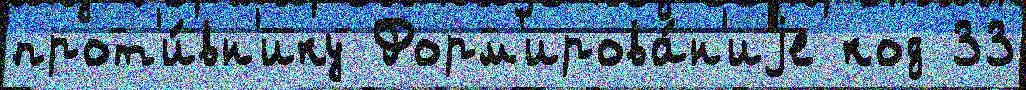
прот'и́вн'ику Форм'ирова́н'иjе код 33